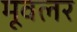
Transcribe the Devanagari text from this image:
मूवलर